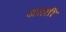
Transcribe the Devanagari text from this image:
जलली